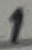
Text: 1